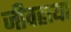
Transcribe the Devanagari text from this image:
जीवहत्त्या